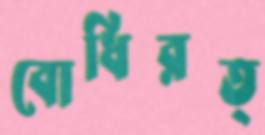
বোধিরত্